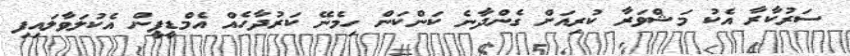
ސަރުކާރާ އެކު މަޝްވަރާ ކުރިއަށް ގެންދާނެ ކަންކަން ހިމެނޭ ކަރުދާހެއް އެމްޑީޕީން އެކުލަވާލައިފި